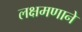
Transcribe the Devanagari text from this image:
लक्षमणाने